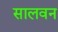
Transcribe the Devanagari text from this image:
सालवन